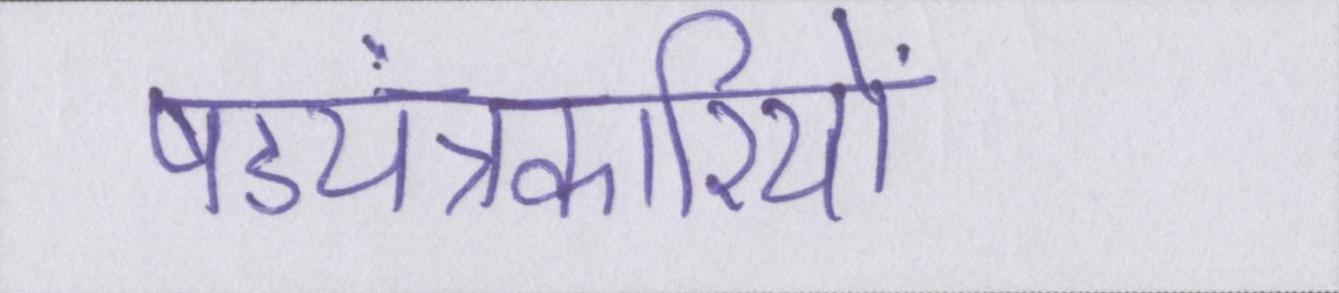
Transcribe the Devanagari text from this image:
षड्यंत्रकारियों